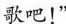
歌吧！”